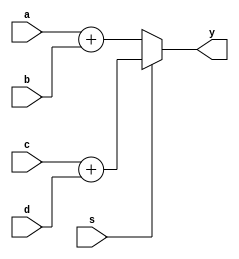
module alu_1 (
   input [3:0] a, 
   input [3:0] b,
   input [3:0] c,
   input [3:0] d,
   input s,
   output [3:0] y);
   
   assign y =
      s ? c + d :
      a + b;
      
endmodule